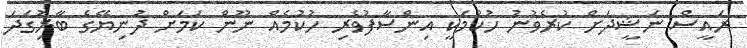
ރައީސް ނަޝީދަށް ކުރެވުނު ހުކުމަކީ އިންސާފުވެރި ހުކުމެއްް ނޫން ކަމަށް ދުނިޔޭގެ ބާރުިގަދަ